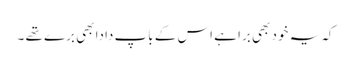
کہ یہ خود بھی برا ہے اس کے باپ دادا بھی برے تھے ۔